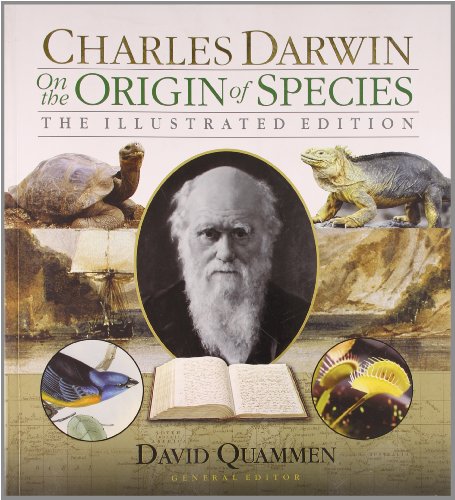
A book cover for On the Origin of Species: The Illustrated Edition; Charles Darwin; Science & Math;